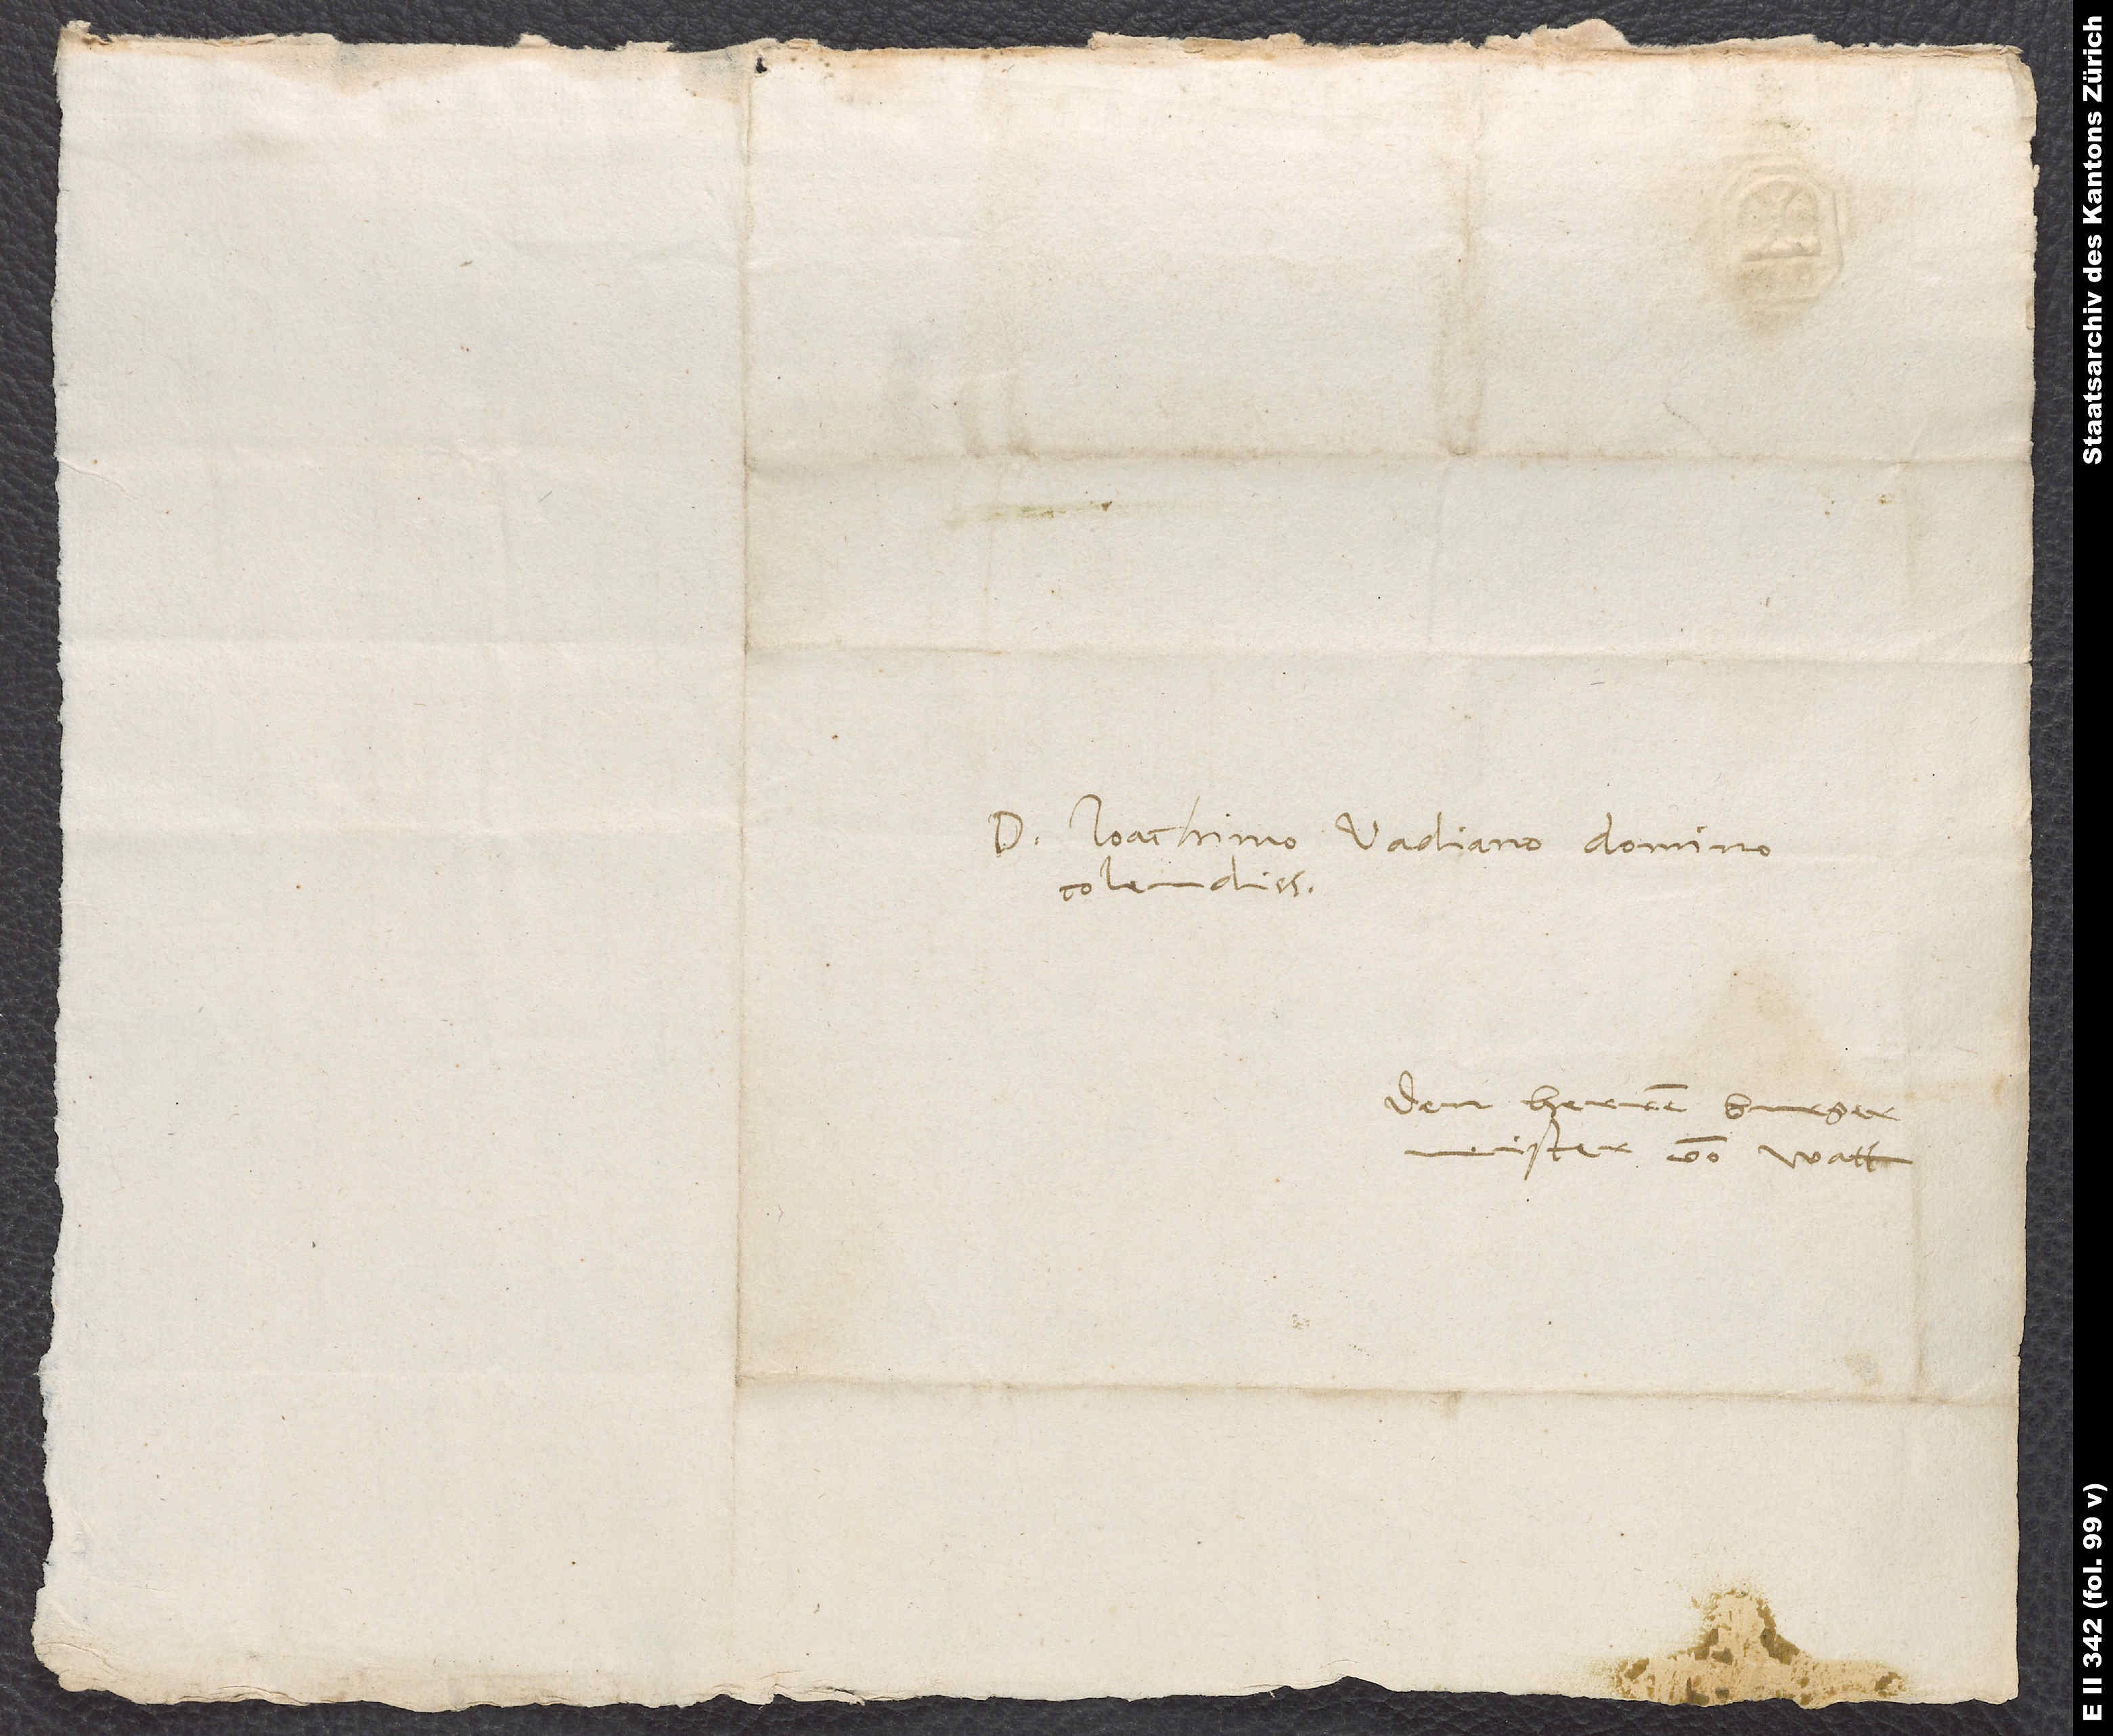
D. Ioachimo Vadiano, domino
colendissimo.